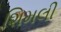
શિમલી